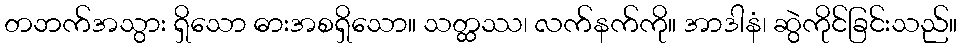
တဘက်အသွား ရှိသော ဓားအစရှိသော။ သတ္ထဿ၊ လက်နက်ကို။ အာဒါနံ၊ ဆွဲကိုင်ခြင်းသည်။